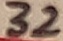
Text: 32